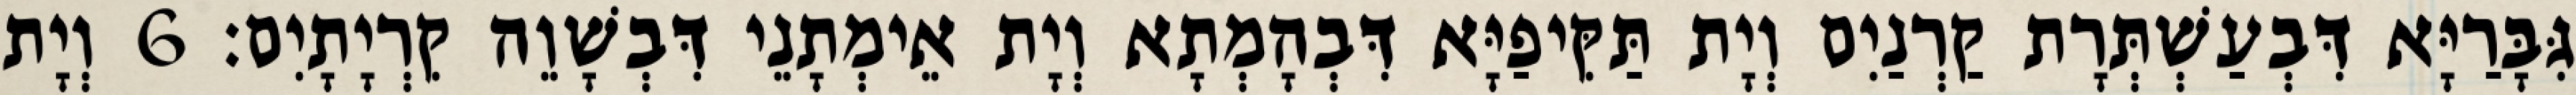
גִּבָּרַיָּא דִּבְעַשְׁתְּרָת קַרְנַיִם וְיָת תַּקִּיפַיָּא דִּבְהָמְתָא וְיָת אֵימְתָנֵי דִּבְשָׁוֵה קִרְיָתָיִם׃ 6 וְיָת